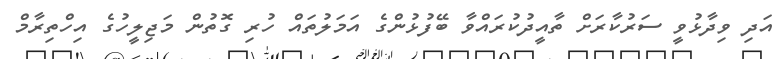
އަދި ވިދާޅުވީ ސަރުކާރަށް ތާއީދުކުރައްވާ ބޭފުޅުންގެ އަމަލުތައް ހުރި ގޮތުން މަޖިލީހުގެ އިހްތިރާމް